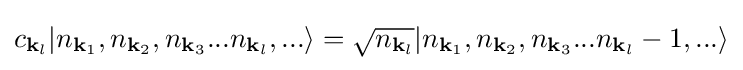
c_{{\mathbf {k} }_{l}}|n_{{\mathbf {k} }_{1}},n_{{\mathbf {k} }_{2}},n_{{\mathbf {k} }_{3}}...n_{{\mathbf {k} }_{l}},...\rangle ={\sqrt {n_{{\mathbf {k} }_{l}}}}|n_{{\mathbf {k} }_{1}},n_{{\mathbf {k} }_{2}},n_{{\mathbf {k} }_{3}}...n_{{\mathbf {k} }_{l}}-1,...\rangle